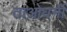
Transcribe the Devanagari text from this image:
ताओधर्मी